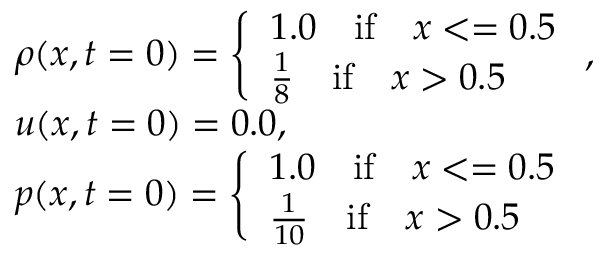
\begin{array} { r l } & { \rho ( x , t = 0 ) = \left\{ \begin{array} { l l } { 1 . 0 \quad \mathrm { i f } \quad x < = 0 . 5 } \\ { \frac { 1 } { 8 } \quad \mathrm { i f } \quad x > 0 . 5 } \end{array} \right. , } \\ & { u ( x , t = 0 ) = 0 . 0 , } \\ & { p ( x , t = 0 ) = \left\{ \begin{array} { l l } { 1 . 0 \quad \mathrm { i f } \quad x < = 0 . 5 } \\ { \frac { 1 } { 1 0 } \quad \mathrm { i f } \quad x > 0 . 5 } \end{array} \right. } \end{array}